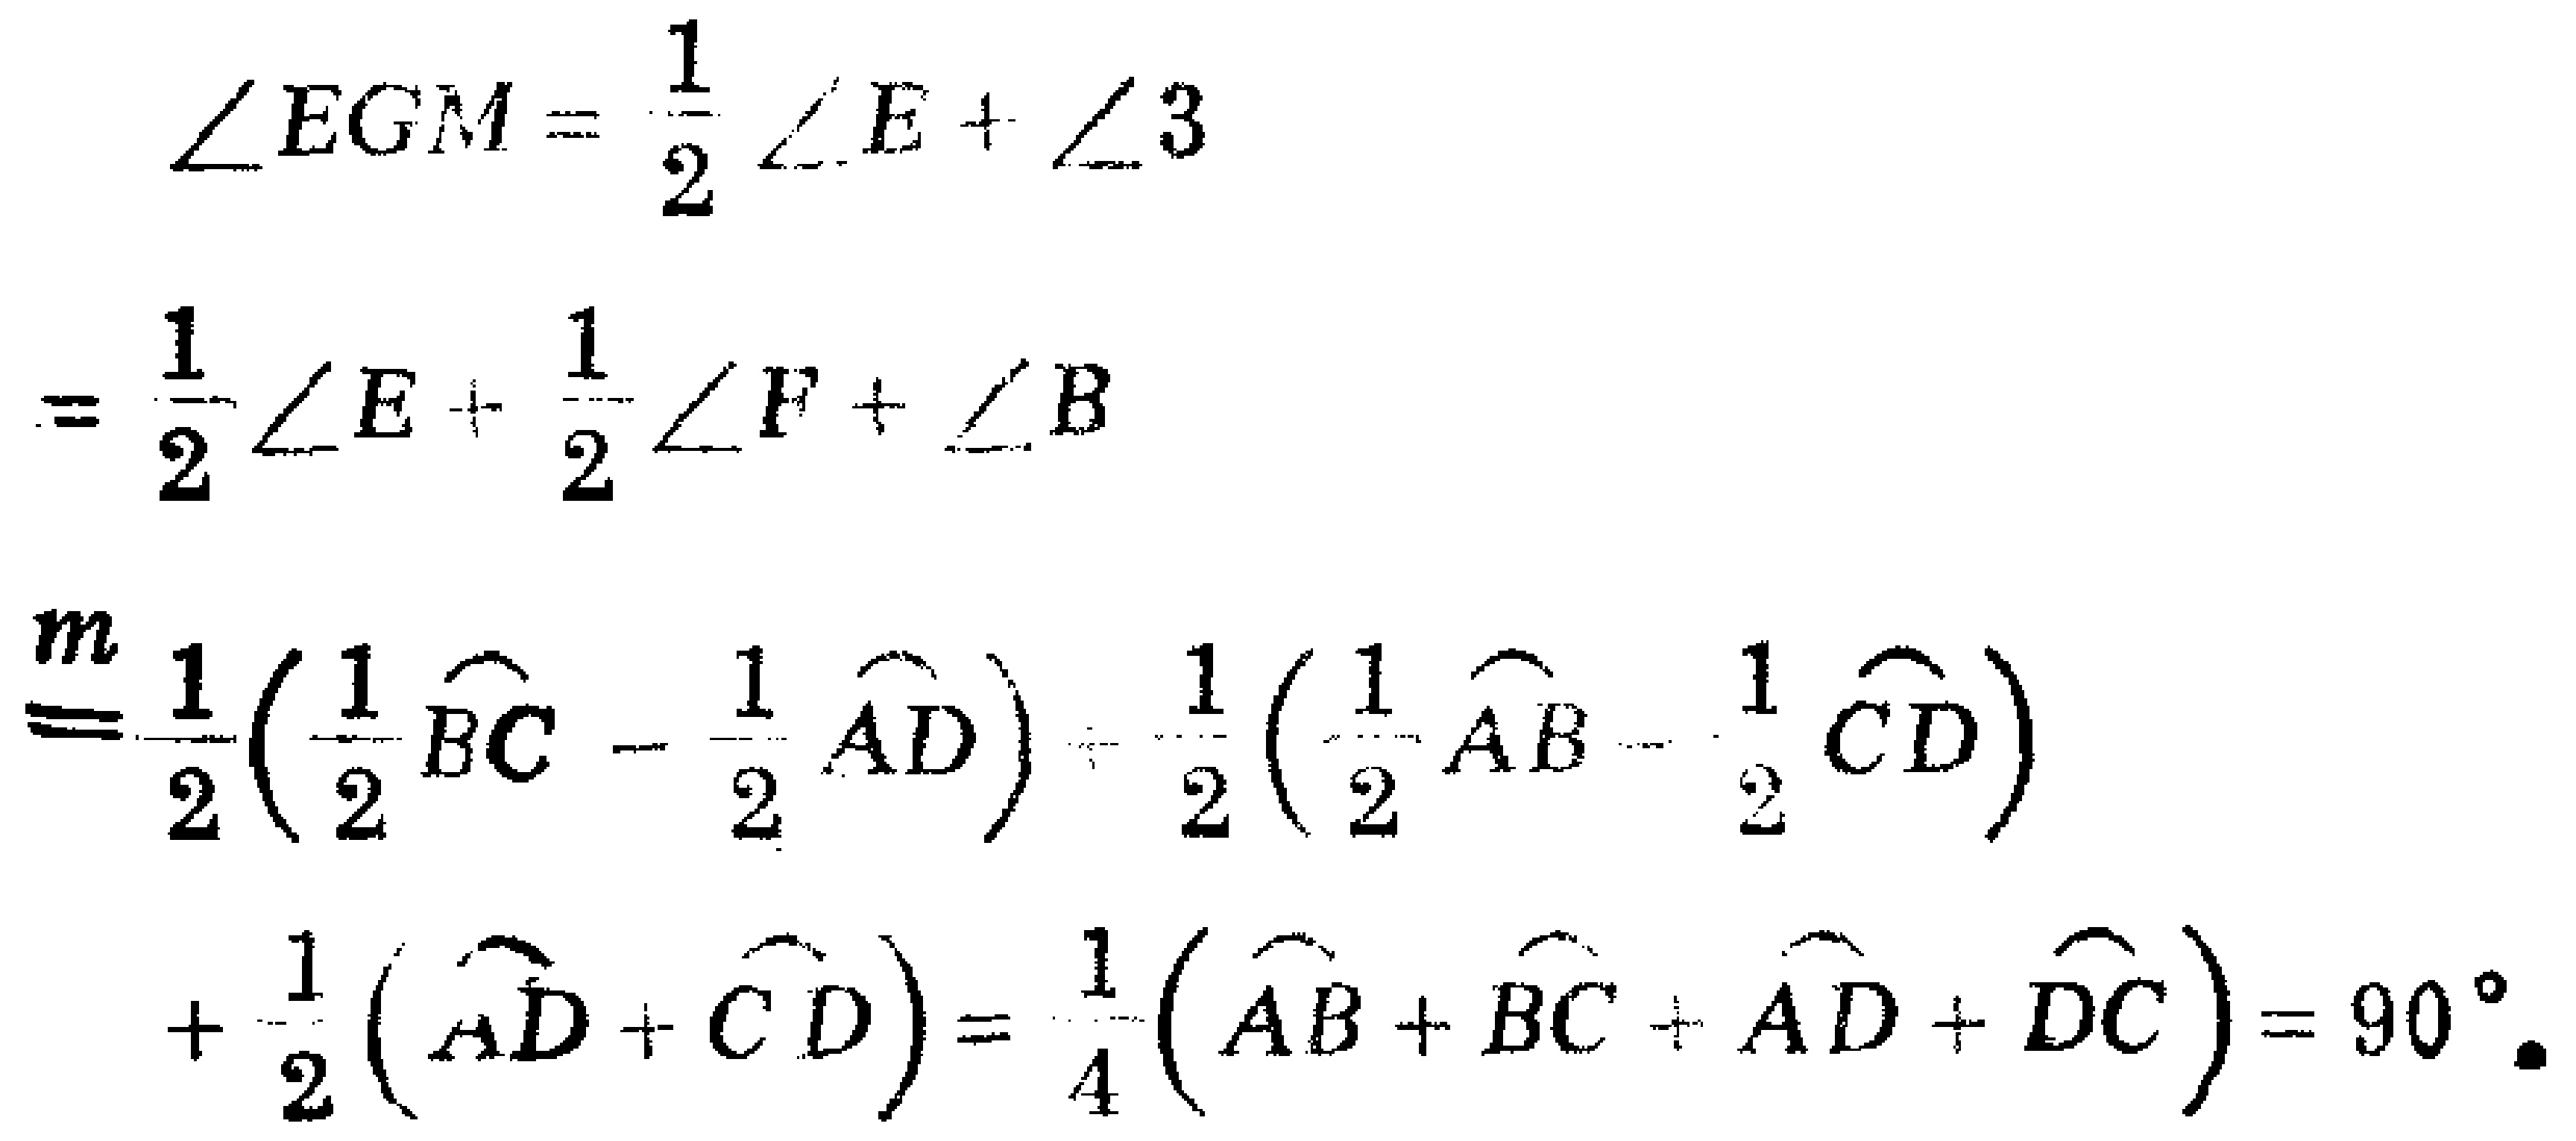
\[
\begin{align*}
\angle EGM&=\frac{1}{2}\angle E+\angle 3\\
&=\frac{1}{2}\angle E+\frac{1}{2}\angle F+\angle B\\
&\overset{m}{=}\frac{1}{2}\left(\frac{1}{2}\overset{\frown}{BC}-\frac{1}{2}\overset{\frown}{AD}\right)+\frac{1}{2}\left(\frac{1}{2}\overset{\frown}{AB}-\frac{1}{2}\overset{\frown}{CD}\right)\\
&+\frac{1}{2}\left(\overset{\frown}{AD}+\overset{\frown}{CD}\right)=\frac{1}{4}\left(\overset{\frown}{AB}+\overset{\frown}{BC}+\overset{\frown}{AD}+\overset{\frown}{DC}\right)=90^{\circ}
\end{align*}
\]